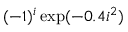
( - 1 ) ^ { i } \exp ( - 0 . 4 i ^ { 2 } )